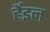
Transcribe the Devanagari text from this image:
र्हेइन